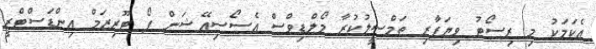
އެކަމަކު މި ރިސޯޓު ވިޔަފާރި ތަމްސީލުކުރާ މޯލްޑިވްސް އެސޯސިއޭޝަން ފޯ ޓޫރިޒަމް އިންޑަސްޓްރީ